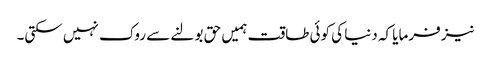
نیز فرمایا کہ دنیا کی کوئی طاقت ہمیں حق بولنے سے روک نہیں سکتی۔